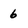
Character: 6